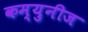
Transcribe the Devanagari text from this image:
कम्युनीज